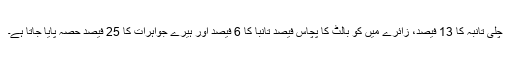
چلی تانبہ کا 13 فیصد، زائرے میں کو بالٹ کا پچاس فیصد تانبا کا 6 فیصد اور ہیرے جواہرات کا 25 فیصد حصہ پایا جاتا ہے۔